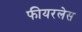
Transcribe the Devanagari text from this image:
फीयरलेस